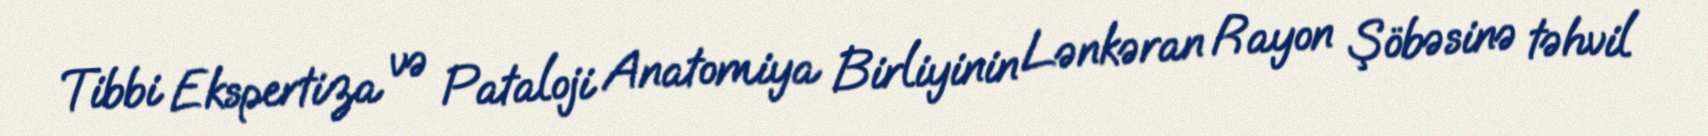
Tibbi Ekspertiza və Pataloji Anatomiya Birliyinin Lənkəran Rayon Şöbəsinə təhvil